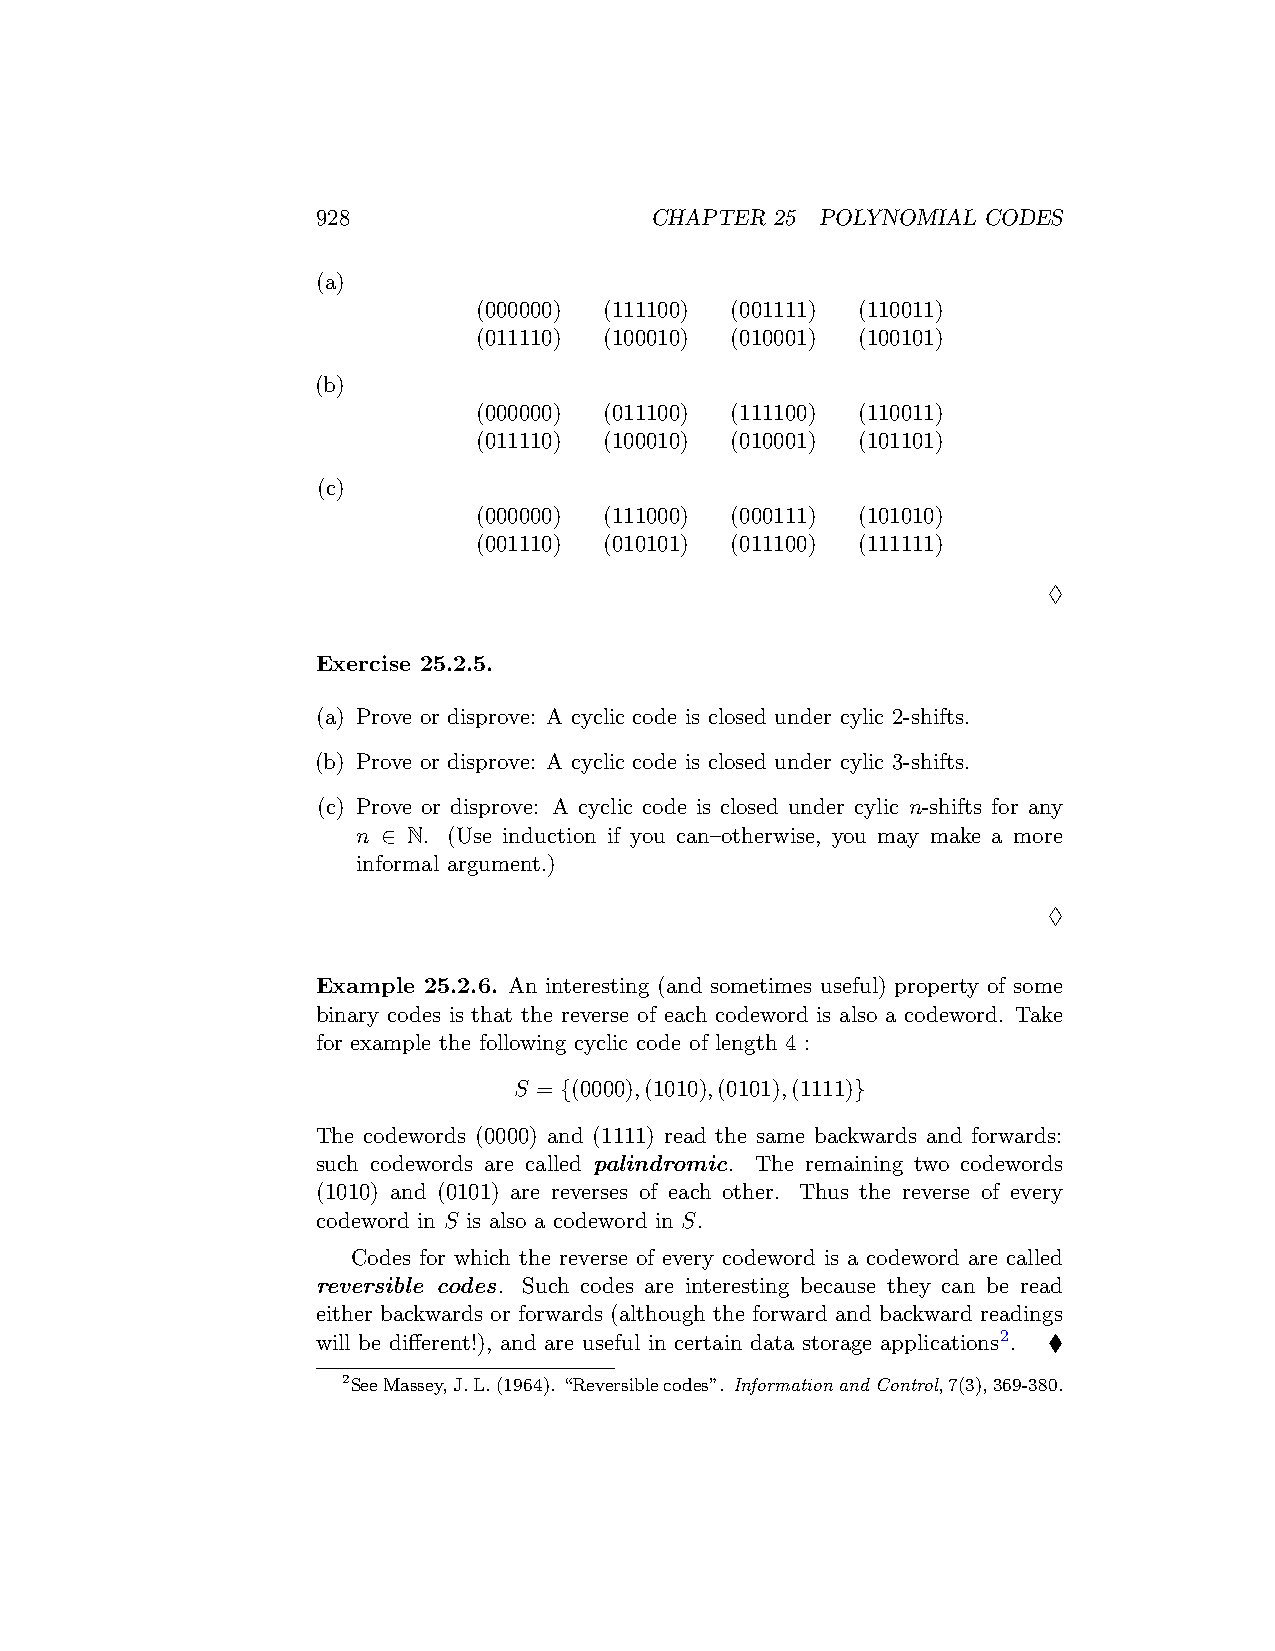
928                   CHAPTER 25 POLYNOMIAL CODES
 (a)
 (000000) (111100) (001111) (110011)
 (011110) (100010) (010001) (100101)
 (b)
 (000000) (011100) (111100) (110011)
 (011110) (100010) (010001) (101101)
 (c)
 (000000) (111000) (000111) (101010)
 (001110) (010101) (011100) (111111)
 ♢
 Exercise 25.2.5.
 (a) Prove or disprove: A cyclic code is closed under cylic 2-shifts.
 (b) Prove or disprove: A cyclic code is closed under cylic 3-shifts.
 (c) Prove or disprove: A cyclic code is closed under cylic n-shifts for any
 n ∈ N. (Use induction if you can–otherwise, you may make a more
 informal argument.)
 ♢
 Example 25.2.6. An interesting (and sometimes useful) property of some
 binary codes is that the reverse of each codeword is also a codeword. Take
 for example the following cyclic code of length 4 :
 S = {(0000),(1010),(0101),(1111)}
 The codewords (0000) and (1111) read the same backwards and forwards:
 such codewords are called palindromic. The remaining two codewords
 (1010) and (0101) are reverses of each other. Thus the reverse of every
 codeword in S is also a codeword in S.
 Codes for which the reverse of every codeword is a codeword are called
 reversible codes. Such codes are interesting because they can be read
 either backwards or forwards (although the forward and backward readings
 will be different!), and are useful in certain data storage applications2. ♦
 2SeeMassey,J.L.(1964). “Reversiblecodes”. InformationandControl,7(3),369-380.